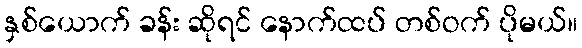
နှစ်ယောက် ခန်း ဆိုရင် နောက်ထပ် တစ်ဝက် ပိုမယ်။